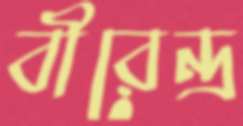
বীরেন্দ্র